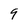
Character: 9